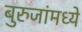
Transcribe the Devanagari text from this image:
बुरुजांमध्ये